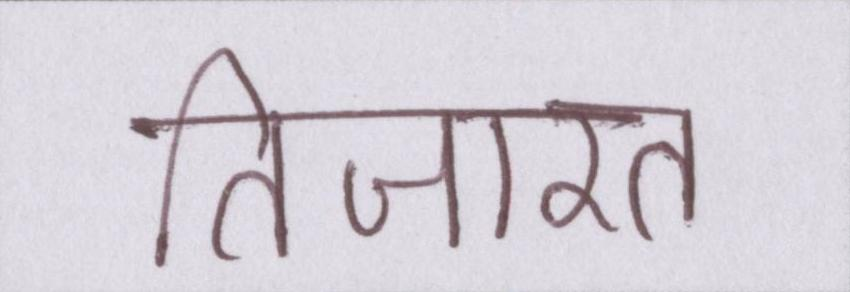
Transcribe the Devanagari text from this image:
तिजारत